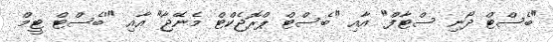
"ބެސްޓް ދޯނި ސްޓާފް" އާއި "ބެސްޓް ޕްރޮޖެކްޓް މެނޭޖާ" އާއި "'ބެސްޓް ޓީމް